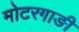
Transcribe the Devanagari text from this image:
मोटरगाङी